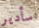
سأدير